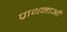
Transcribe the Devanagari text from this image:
प्राथनाओं